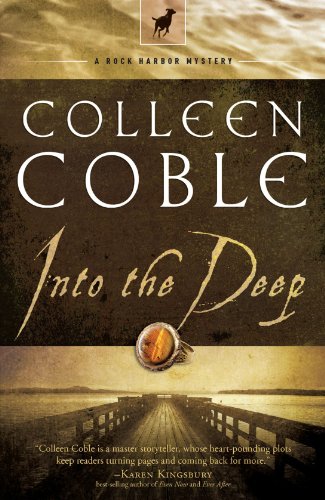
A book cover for Into the Deep (Rock Harbor, Book 3); Colleen Coble; Romance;